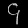
Digit: ၄